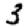
Digit: 3